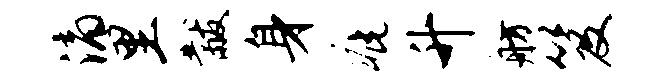
滴里黻身疵升舫笈